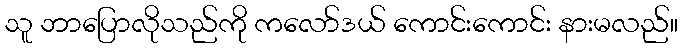
သူ ဘာပြောလိုသည်ကို ကလော်ဒယ် ကောင်းကောင်း နားမလည်။